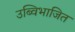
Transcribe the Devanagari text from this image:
उब्विभाजित